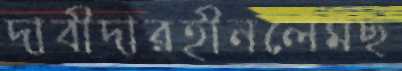
দাবীদারহীনলেমছ